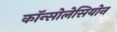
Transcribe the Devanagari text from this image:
कॉन्सोलेसियोन